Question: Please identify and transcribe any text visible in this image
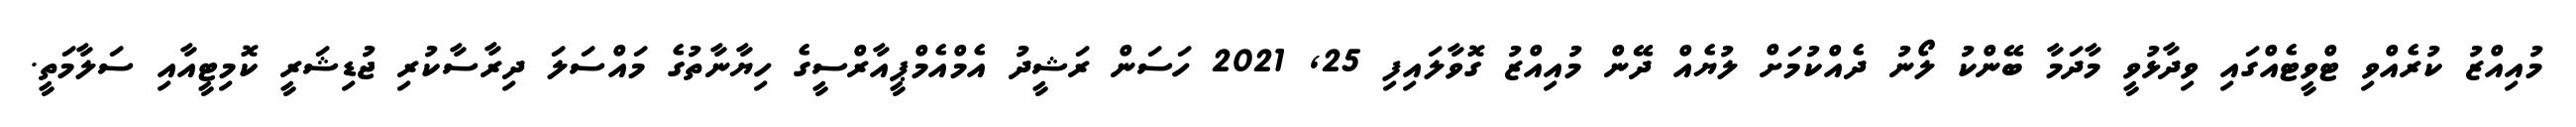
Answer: މުއިއްޒު ކުރެއްވި ޓްވީޓެއްގައި ވިދާޅުވީ މާދަމާ ބޭންކު ލޯނު ދެއްކުމަށް ލުޔެއް ދޭން މުއިއްޒު ގޮވާލައިފި 25, 2021 ހަސަން ރަޝީދު އެމްއެމްޕީއާރްސީގެ ހިޔާނާތުގެ މައްސަލަ ދިރާސާކުރި ޖުޑިޝަރީ ކޮމިޓީއާއި ސަލާމަތީ.